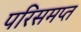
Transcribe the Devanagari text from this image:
परिसमप्‍त